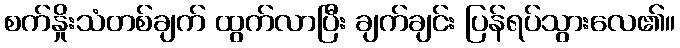
စက်နှိုးသံတစ်ချက် ထွက်လာပြီး ချက်ချင်း ပြန်ရပ်သွားလေ၏။